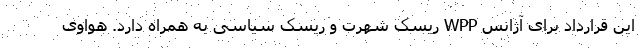
این قرارداد برای آژانس WPP ریسک شهرت و ریسک سیاسی به همراه دارد. هواوی